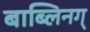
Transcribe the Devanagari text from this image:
बाब्लिनग्